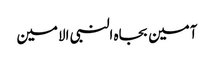
آمین بجاہ النبی الامین